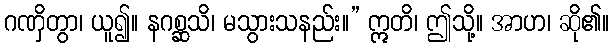
ဂဏှိတွာ၊ ယူ၍။ နဂစ္ဆသိ၊ မသွားသနည်း။” ဣတိ၊ ဤသို့။ အာဟ၊ ဆို၏။